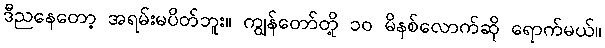
ဒီညနေတော့ အရမ်းမပိတ်ဘူး။ ကျွန်တော်တို့ ၁၀ မိနစ်လောက်ဆို ရောက်မယ်။